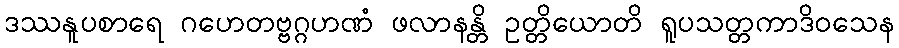
ဒဿနူပစာရေ ဂဟေတဗ္ဗဂ္ဂဟဏံ ဖလာနန္တိ ဥတ္တိယောတိ ရူပသတ္တကာဒိဝသေန